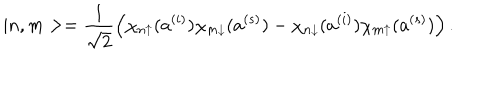
| n , m > = \frac { 1 } { \sqrt { 2 } } \left( \chi _ { n \uparrow } ( a ^ { ( i ) } ) \chi _ { m \downarrow } ( a ^ { ( s ) } ) - \chi _ { n \downarrow } ( a ^ { ( i ) } ) \chi _ { m \uparrow } ( a ^ { ( s ) } ) \right) .